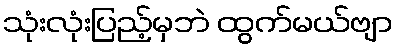
သုံးလုံးပြည့်မှဘဲ ထွက်မယ်ဗျာ